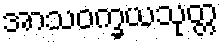
အာသဝက္ခယသုတ္တ